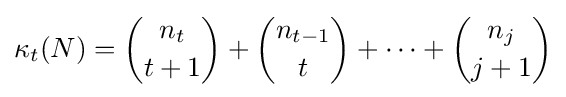
\kappa _{t}(N)={n_{t} \choose t+1}+{n_{t-1} \choose t}+\dots +{n_{j} \choose j+1}